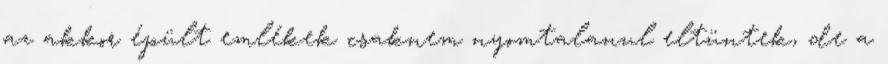
az akkor épült emlékek csaknem nyomtalanul eltüntek, de a